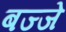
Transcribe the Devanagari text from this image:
बज्जे